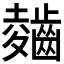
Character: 𲎣